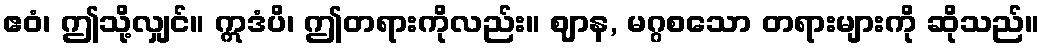
ဧဝံ၊ ဤသို့လျှင်။ ဣဒံပိ၊ ဤတရားကိုလည်း။ ဈာန, မဂ္ဂစသော တရားများကို ဆိုသည်။